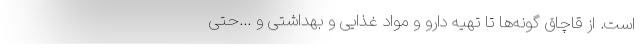
است. از قاچاق گونه‌ها تا تهیه دارو و مواد غذایی و بهداشتی و ...حتی